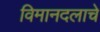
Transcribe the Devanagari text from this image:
विमानदलाचे